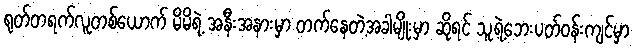
ရုတ်တရက်လူတစ်ယောက် မိမိရဲ့ အနီးအနားမှာ တက်နေတဲ့အခါမျိုးမှာ ဆိုရင် သူ့ရဲ့ဘေးပတ်ဝန်းကျင်မှာ